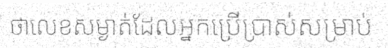
ថាលេខសម្ងាត់ដែលអ្នកប្រើប្រាស់សម្រាប់